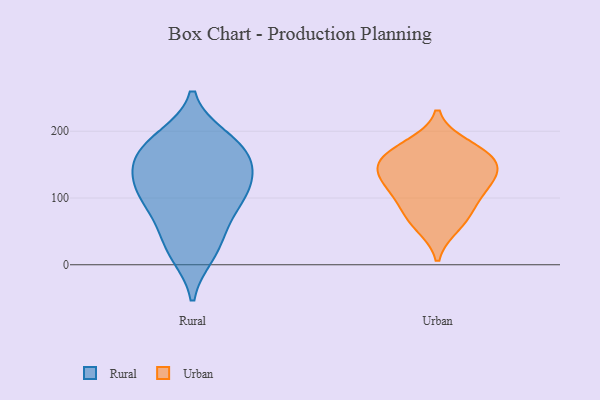
{"axis": {"x": "Inventory Turnover", "y": "Value"}, "legend": ["Rural", "Urban"], "data": [{"x": "", "y": 91, "type": "Rural"}, {"x": "", "y": 15, "type": "Rural"}, {"x": "", "y": 115, "type": "Rural"}, {"x": "", "y": 111, "type": "Rural"}, {"x": "", "y": 46, "type": "Rural"}, {"x": "", "y": 147, "type": "Rural"}, {"x": "", "y": 109, "type": "Rural"}, {"x": "", "y": 17, "type": "Rural"}, {"x": "", "y": 165, "type": "Rural"}, {"x": "", "y": 162, "type": "Rural"}, {"x": "", "y": 150, "type": "Rural"}, {"x": "", "y": 91, "type": "Rural"}, {"x": "", "y": 58, "type": "Rural"}, {"x": "", "y": 191, "type": "Rural"}, {"x": "", "y": 132, "type": "Rural"}, {"x": "", "y": 190, "type": "Rural"}, {"x": "", "y": 181, "type": "Rural"}, {"x": "", "y": 135, "type": "Urban"}, {"x": "", "y": 59, "type": "Urban"}, {"x": "", "y": 178, "type": "Urban"}, {"x": "", "y": 152, "type": "Urban"}, {"x": "", "y": 161, "type": "Urban"}, {"x": "", "y": 119, "type": "Urban"}, {"x": "", "y": 96, "type": "Urban"}, {"x": "", "y": 124, "type": "Urban"}, {"x": "", "y": 162, "type": "Urban"}, {"x": "", "y": 74, "type": "Urban"}]}